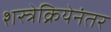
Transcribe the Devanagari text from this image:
शस्त्रेक्रियेनंतर